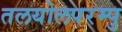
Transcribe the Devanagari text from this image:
तलयोलपरम्पु